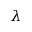
\lambda